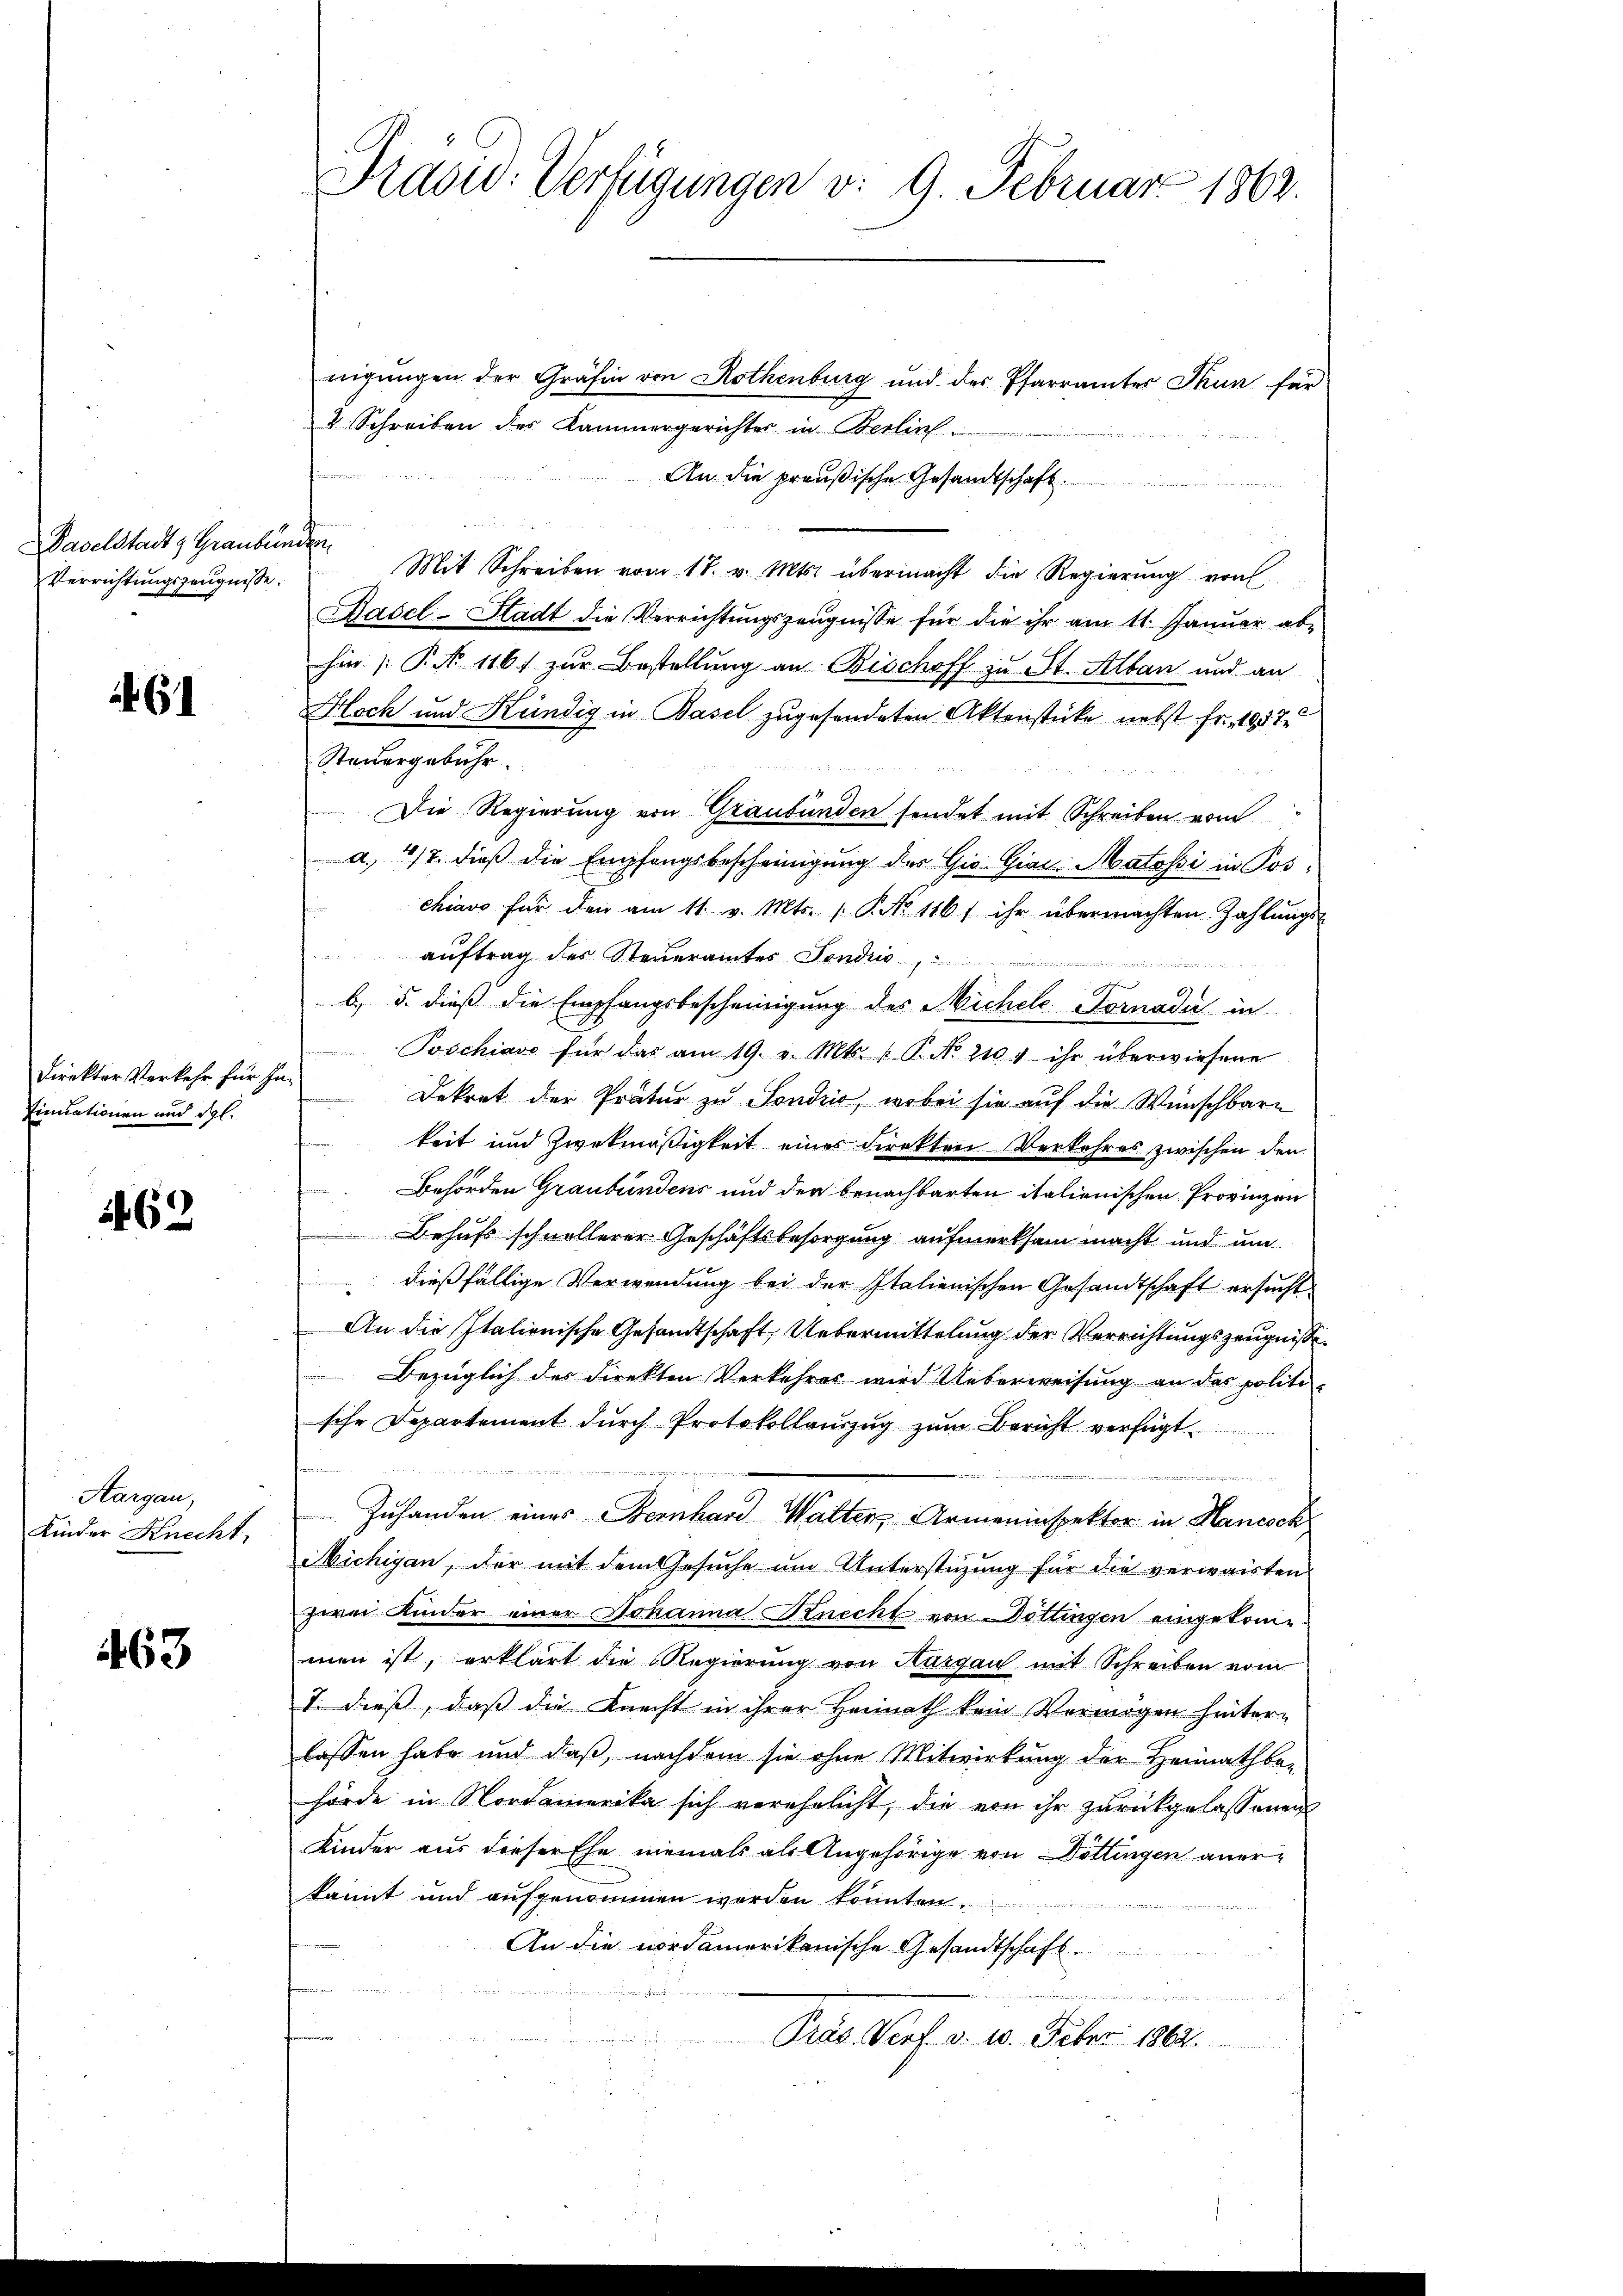
Paselstadt & Graubünden
Verrichtungszeugnisse.

461

Finuationen und Spl.

269

Aargau,
Kinder Knecht,

463

Praord. Verfügungen v. 9. Februar 1862.

nigungen der Gräfin von Rothenburg und der Pfarrämter Thun für
2 Schreiben des Kammergerichter in Berlin.
An die preußische Gesandtschaft.
Mit Schreiben vom 18. v. Mts. übermacht die Regierung von
Hasel-Stadt die Verrichtŭngszeŭgnisse für die ihr am 11. Janŭar abhin P. No 116. zur Bestellung an Bischoff zu St. Alban und an
Hoch und Kündig in Basel zugesendeten Aktenstücke nebst Fr. 1937.
Steuergebühr.
Die Regierung von Graubünden sendet mit Schreiben vom
a. 412. dieß die Empfangsbescheinigung der Gio. Giac-Matossi in Poschiavo für den am 11. v. Mts. P. No 116 ihr übermachten Zahlŭngs-
auftrag des Steueramtes Fonds

b. 5. dieß die Empfangsbescheinigung des Michele Fornada in
Poschiavo für das am 19. v. Mts. 1 P. No 110, ihr überwiesene
Direkter Verkehr für in Dekret der Präter zu Sondrio, wobei sie auf die Wünschbare
keit und Zweckmäßigkeit eines Direkten Verkehres zwischen den
 Behörden Graubündens und der benachbarten italienischen Provinzen
Behufs schnellerer Geschäftsbesorgung aufmerksam macht und um
 dießfällige Verwendung bei der Italienischen Gesandtschaft ersucht
An die Italienische Gesandtschaft, Uebermittelung der Verrichtungszeugnisse
Bezüglich der Direkten Verkehres wird Ueberweisung an das politische Departement durch Protokollauszug zum Bericht verfügt
Zuhanden eines Bernhard Walten, Armeninspektor in Hanesch
Michigan, der mit dem Gesŭche um Unterstüzung für die verwaisten
zwei Kinder einer Johanna Knecht von Döttingen eingekom-
men ist, erklärt die Regierŭng von Aargau mit Schreiben vom
T. dieß, daß die Knecht in ihrer Heimath kein Vermögen hintern
lassen habe und daß, nachdem sie ohne Mitwirkung der Heimathbe-
hörde in Nordamerika sich verehelicht, die von ihr zurückgelassenen
Kinder aus dieser Ehe niemals als Angehörige von Döttingen anerkannt und aufgenommen werden könnten
An die nordamerikanische Gesandtschaft.
.

Pras Porf. v. 10. Febr. 1884.